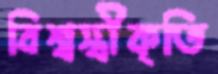
বিশ্বস্বীকৃতি